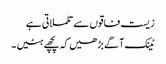
زیست فاقوں سے تلملاتی ہے
ٹینک آگے بڑھیں کہ پچھے ہٹیں ۔